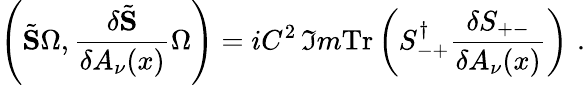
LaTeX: \left(\tilde{\mathbf S}\Omega,\frac{\delta\tilde{\mathbf S}}{\delta A_{\nu}(x)}\Omega\right)=iC^{2}\, \Im m\mathrm{Tr}\left(S_{-+}^{\dagger}\frac{\delta S_{+-}}{\delta A_{\nu}(x)}\right)\, \, .